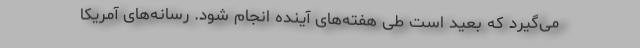
می‌گیرد که بعید است طی هفته‌های آینده انجام شود. رسانه‌های آمریکا